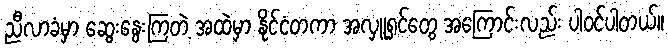
ညီလာခံမှာ ဆွေးနွေးကြတဲ့ အထဲမှာ နိုင်ငံတကာ အလှူရှင်တွေ အကြောင်းလည်း ပါဝင်ပါတယ်။